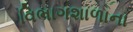
વિભાગશાળાના